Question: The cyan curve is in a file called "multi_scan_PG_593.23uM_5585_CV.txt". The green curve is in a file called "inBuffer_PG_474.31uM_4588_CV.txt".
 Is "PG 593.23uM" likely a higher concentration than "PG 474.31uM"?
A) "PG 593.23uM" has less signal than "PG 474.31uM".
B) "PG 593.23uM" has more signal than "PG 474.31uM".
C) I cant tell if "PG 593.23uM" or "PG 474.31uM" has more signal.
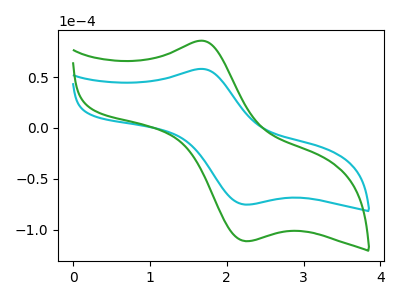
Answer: <think>The cyan curve "PG 593.23uM" has an anodic peak at (1.65V, 58.00uA) and a cathodic peak at (2.25V, -75.20uA). The green curve "PG 474.31uM" has an anodic peak at (1.65V, 85.70uA) and a cathodic peak at (2.25V, -111.10uA).
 All the peaks in "PG 593.23uM" have a peak in "PG 474.31uM" at the same potential. Every peak in "PG 593.23uM" is lower than every peak in "PG 474.31uM".</think>
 <answer>A) "PG 593.23uM" has less signal than "PG 474.31uM".</answer>
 <eval>A</eval>